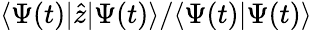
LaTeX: \langle\Psi(t)\vert\hat{z}\vert\Psi(t)\rangle/\langle\Psi(t)\vert\Psi(t)\rangle